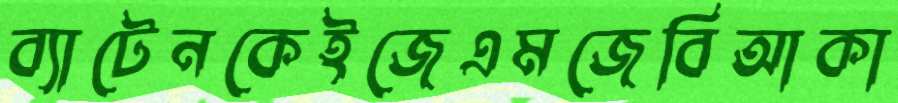
ব্যাটেনকেইজেএমজেবিআকা